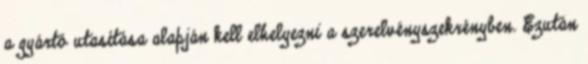
a gyártó utasítása alapján kell elhelyezni a szerelvényszekrényben. Ezután